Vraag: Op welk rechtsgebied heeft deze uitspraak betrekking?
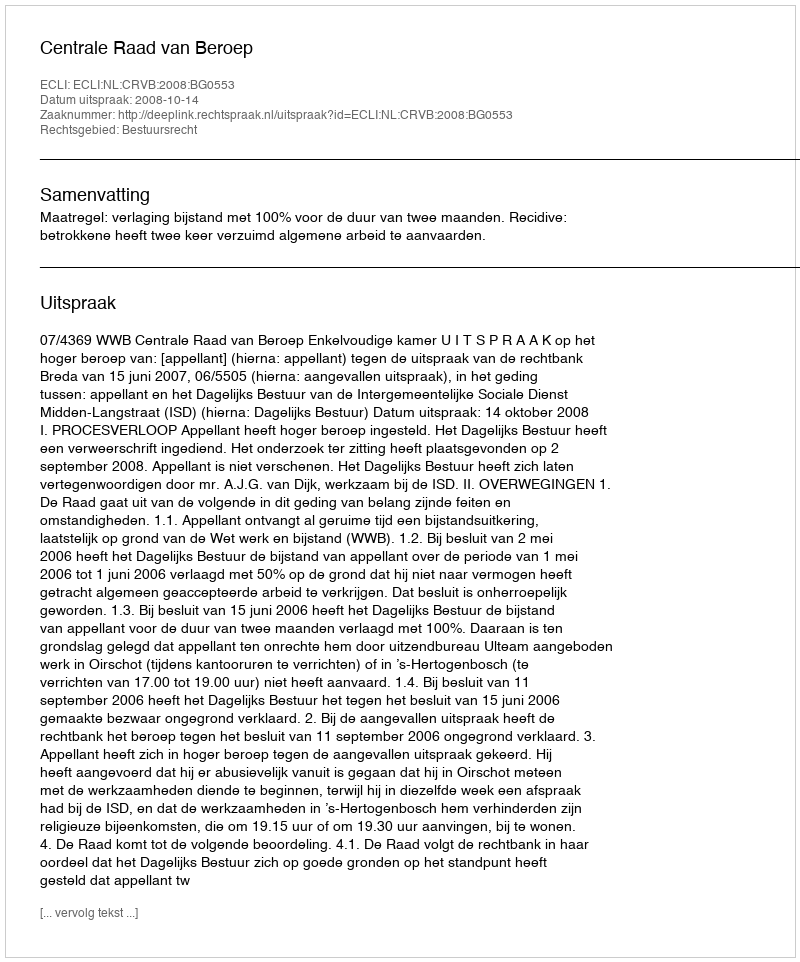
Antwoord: Bestuursrecht